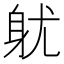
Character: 𨈣